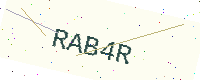
Text: RAB4R